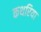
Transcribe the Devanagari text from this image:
कथरिया